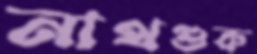
নাথগুরু